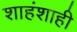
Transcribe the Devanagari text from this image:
शाहंशाही